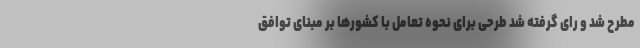
مطرح شد و رای گرفته شد طرحی برای نحوه تعامل با کشورها بر مبنای توافق